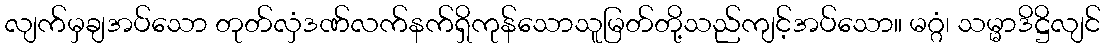
လျက်မှချအပ်သော တုတ်လှံဒဏ်လက်နက်ရှိကုန်သောသူမြတ်တို့သည်ကျင့်အပ်သော။ မဂ္ဂံ၊ သမ္မာဒိဋ္ဌိလျင်